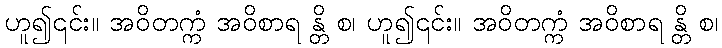
ဟူ၍၎င်း။ အဝိတက္ကံ အဝိစာရ န္တိ စ၊ ဟူ၍၎င်း။ အဝိတက္ကံ အဝိစာရ န္တိ စ၊